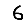
Digit: 6